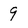
Character: 9